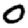
Digit: 0